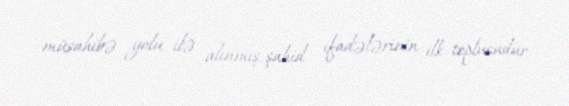
müsahibə yolu ilə alınmış şahid ifadələrinin ilk toplusudur.